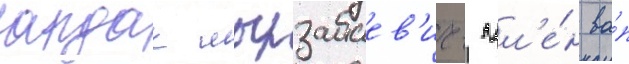
ардак мырзабаев'ич- чл'е́н ва́п